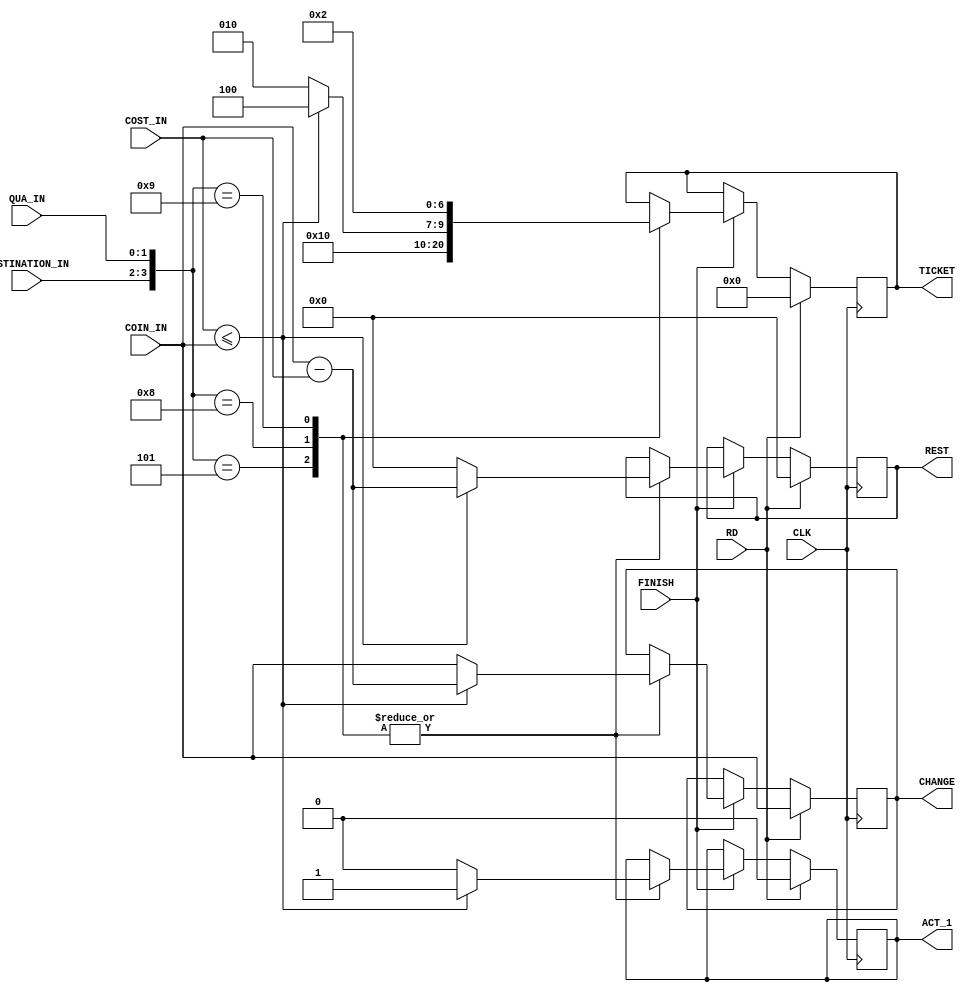
`timescale 1ns / 1ps
//////////////////////////////////////////////////////////////////////////////////
// Company: 
// Engineer: 
// 
// Design Name: 
// Module Name: change_processing
// Project Name: 
// Target Devices: 
// Tool Versions: 
// Description: 
// 
// Dependencies: 
// 
// Revision:
// Revision 0.01 - File Created
// Additional Comments:
// 
//////////////////////////////////////////////////////////////////////////////////


module change_processing(
  input RD, CLK, FINISH,
  input [1:0] DESTINATION_IN,
  input [1:0] QUA_IN,
  input [3:0] COST_IN,
  input [3:0] COIN_IN,
  output reg [3:0] REST,
  output reg [6:0] TICKET,
  output reg ACT_1,
  output reg [3:0] CHANGE
);

 
  
  always @(negedge CLK ) begin
    if (RD) begin
      
      REST <= 4'b0000; 
      TICKET <= 7'b0000000;
      ACT_1 <= 1'b0;
      CHANGE <= COIN_IN;#5;
    end
    else begin
      
      if (FINISH) begin
        
        case ({DESTINATION_IN, QUA_IN})
          4'b0101: begin
            if (COST_IN <= COIN_IN) begin
              
              REST = COIN_IN - COST_IN;
              TICKET= 7'b000001;
              ACT_1 = 1'b1;
              CHANGE = REST;
            end 
            else begin
              
              REST = 3'b000;
              TICKET = 7'b0000001;
              ACT_1 = 1'b0;
              CHANGE = COIN_IN;
            end
          end
          4'b1000: begin
            if (COST_IN <= COIN_IN) begin
              
              REST = COIN_IN - COST_IN;
              TICKET = 7'b0000100;
              ACT_1 = 1'b1;
              CHANGE = REST;
            end 
            else begin
              
              REST = 3'b000;
              TICKET = 7'b0000010;
              ACT_1 = 1'b0;
              CHANGE <= COIN_IN;
            end
          end
           4'b1001: begin
            if (COST_IN <= COIN_IN) begin
             
              REST = COIN_IN - COST_IN;
              TICKET = 7'b0000010;
              ACT_1 = 1'b1;
              CHANGE = REST;
            end 
            else begin
              
              REST = 3'b000;
              TICKET = 7'b0000010;
              ACT_1 = 1'b0;
              CHANGE = COIN_IN;
            end
          end
          

        endcase
      end 
    end
  end

endmodule